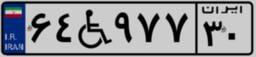
۳۴W۰۸۹۱۲